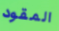
المقود